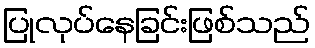
ပြုလုပ်နေခြင်းဖြစ်သည်